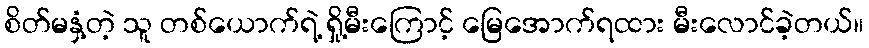
စိတ်မနှံ့တဲ့ သူ တစ်ယောက်ရဲ့ ရှို့မီးကြောင့် မြေအောက်ရထား မီးလောင်ခဲ့တယ်။